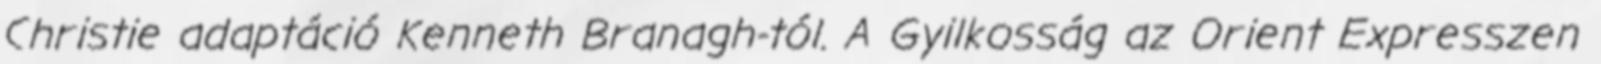
Christie adaptáció Kenneth Branagh-tól. A Gyilkosság az Orient Expresszen